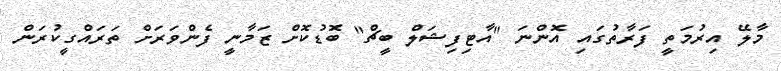
މާލޭ އިރުމަތީ ފަރާތުގައި އޮންނަ "އާޓިފިޝަލް ބީޗް" ބޮޑުކޮށް ޒަމާނީ ފެންވަރަށް ތަރައްގީކުރަން